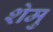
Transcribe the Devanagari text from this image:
शेमु